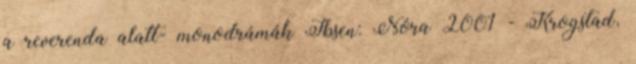
a reverenda alatt- monodrámák Ibsen: Nóra 2001 - Krogstad,